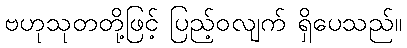
ဗဟုသုတတို့ဖြင့် ပြည့်ဝလျက် ရှိပေသည်။